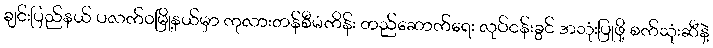
ချင်းပြည်နယ် ပလက်ဝမြို့နယ်မှာ ကုလားတန်စီမံကိန်း တည်ဆောက်ရေး လုပ်ငန်းခွင် အသုံးပြုဖို့ စက်သုံးဆီနဲ့